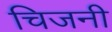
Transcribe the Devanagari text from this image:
चिजनी